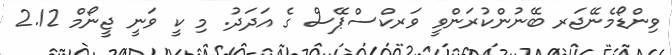
ވިންޑޯމެނޭޖަރ ބޭނުންކުރަންވީ ވަރކްސްޕޭސް ގެ އަދަދު. މި ކީ ވަނީ ޖީނޯމް 2.12